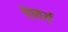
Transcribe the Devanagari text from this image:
ऐष्वर्य